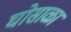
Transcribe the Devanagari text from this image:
घोसाळा